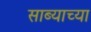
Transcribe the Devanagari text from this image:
साब्याच्या